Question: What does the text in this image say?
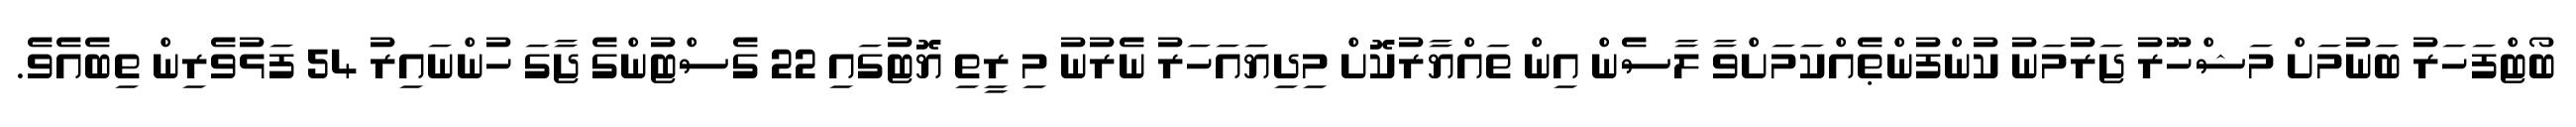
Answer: ބޯޓްފަހަރު ބަނުމަށް މަޝްހޫރު ޖަރުމަނު ކުންފުންޠެއްކަމަށްވާ ލާސެން އިން ތައްޔާރުކޮށް މިދިޔައަހަރު ނެރުނު މި ރީތި ޔޮޓުގައި 22 ގެސްޓުންގެ ޖާގަ ހުންނައިރު 54 ފަޅުވެރިން ތިބެއެވެ.